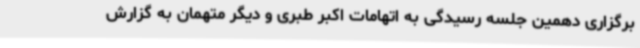
برگزاری دهمین جلسه رسیدگی به اتهامات اکبر طبری و دیگر متهمان به گزارش